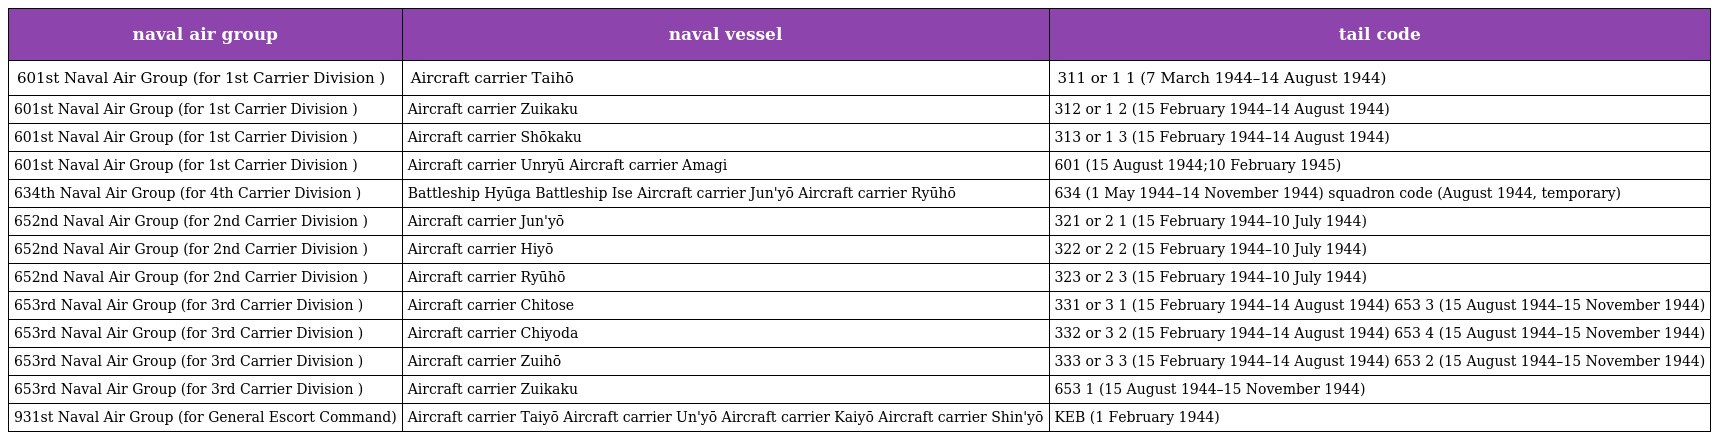
| naval air group | naval vessel | tail code |
 | --- | --- | --- |
 | 601st Naval Air Group (for 1st Carrier Division ) | Aircraft carrier Taihō | 311 or 1 1 (7 March 1944–14 August 1944) |
 | 601st Naval Air Group (for 1st Carrier Division ) | Aircraft carrier Zuikaku | 312 or 1 2 (15 February 1944–14 August 1944) |
 | 601st Naval Air Group (for 1st Carrier Division ) | Aircraft carrier Shōkaku | 313 or 1 3 (15 February 1944–14 August 1944) |
 | 601st Naval Air Group (for 1st Carrier Division ) | Aircraft carrier Unryū Aircraft carrier Amagi | 601 (15 August 1944;10 February 1945) |
 | 634th Naval Air Group (for 4th Carrier Division ) | Battleship Hyūga Battleship Ise Aircraft carrier Jun'yō Aircraft carrier Ryūhō | 634 (1 May 1944–14 November 1944) squadron code (August 1944, temporary) |
 | 652nd Naval Air Group (for 2nd Carrier Division ) | Aircraft carrier Jun'yō | 321 or 2 1 (15 February 1944–10 July 1944) |
 | 652nd Naval Air Group (for 2nd Carrier Division ) | Aircraft carrier Hiyō | 322 or 2 2 (15 February 1944–10 July 1944) |
 | 652nd Naval Air Group (for 2nd Carrier Division ) | Aircraft carrier Ryūhō | 323 or 2 3 (15 February 1944–10 July 1944) |
 | 653rd Naval Air Group (for 3rd Carrier Division ) | Aircraft carrier Chitose | 331 or 3 1 (15 February 1944–14 August 1944) 653 3 (15 August 1944–15 November 1944) |
 | 653rd Naval Air Group (for 3rd Carrier Division ) | Aircraft carrier Chiyoda | 332 or 3 2 (15 February 1944–14 August 1944) 653 4 (15 August 1944–15 November 1944) |
 | 653rd Naval Air Group (for 3rd Carrier Division ) | Aircraft carrier Zuihō | 333 or 3 3 (15 February 1944–14 August 1944) 653 2 (15 August 1944–15 November 1944) |
 | 653rd Naval Air Group (for 3rd Carrier Division ) | Aircraft carrier Zuikaku | 653 1 (15 August 1944–15 November 1944) |
 | 931st Naval Air Group (for General Escort Command) | Aircraft carrier Taiyō Aircraft carrier Un'yō Aircraft carrier Kaiyō Aircraft carrier Shin'yō | KEB (1 February 1944) |